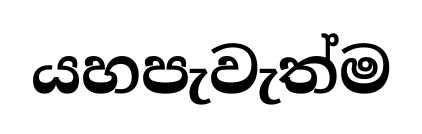
යහපැවැත්ම